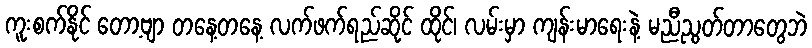
ကူးစက်နိုင် တော့ဗျာ တနေ့တနေ့ လက်ဖက်ရည်ဆိုင် ထိုင်၊ လမ်းမှာ ကျန်းမာရေးနဲ့ မညီညွတ်တာတွေဘဲ